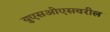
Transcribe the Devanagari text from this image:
युएसओएसवरील